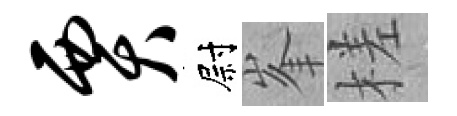
贾尉峯槎